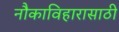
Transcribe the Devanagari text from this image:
नौकाविहारासाठी